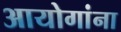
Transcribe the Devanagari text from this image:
आयोगांना